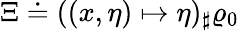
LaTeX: \Xi\doteq((x,\eta)\mapsto\eta)_{\sharp}\varrho_{0}